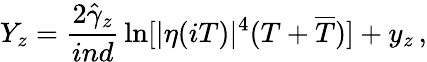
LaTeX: Y_{z}=\frac{2\hat{\gamma}_{z}}{ind}\, \ln[|\eta(iT)|^{4}(T+\overline{{{T}}})]+y_{z}\, ,